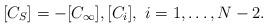
LaTeX: \begin{align*}[C_S]=-[C_\infty],[C_i],\ i=1,\ldots, N-2.\end{align*}